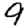
Digit: 9